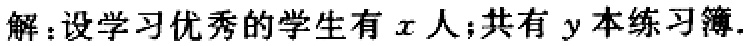
解：设学习优秀的学生有\(x\)人；共有\(y\)本练习簿.